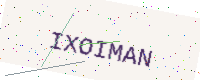
Text: IXOIMAN